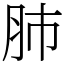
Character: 肺